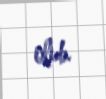
olub.